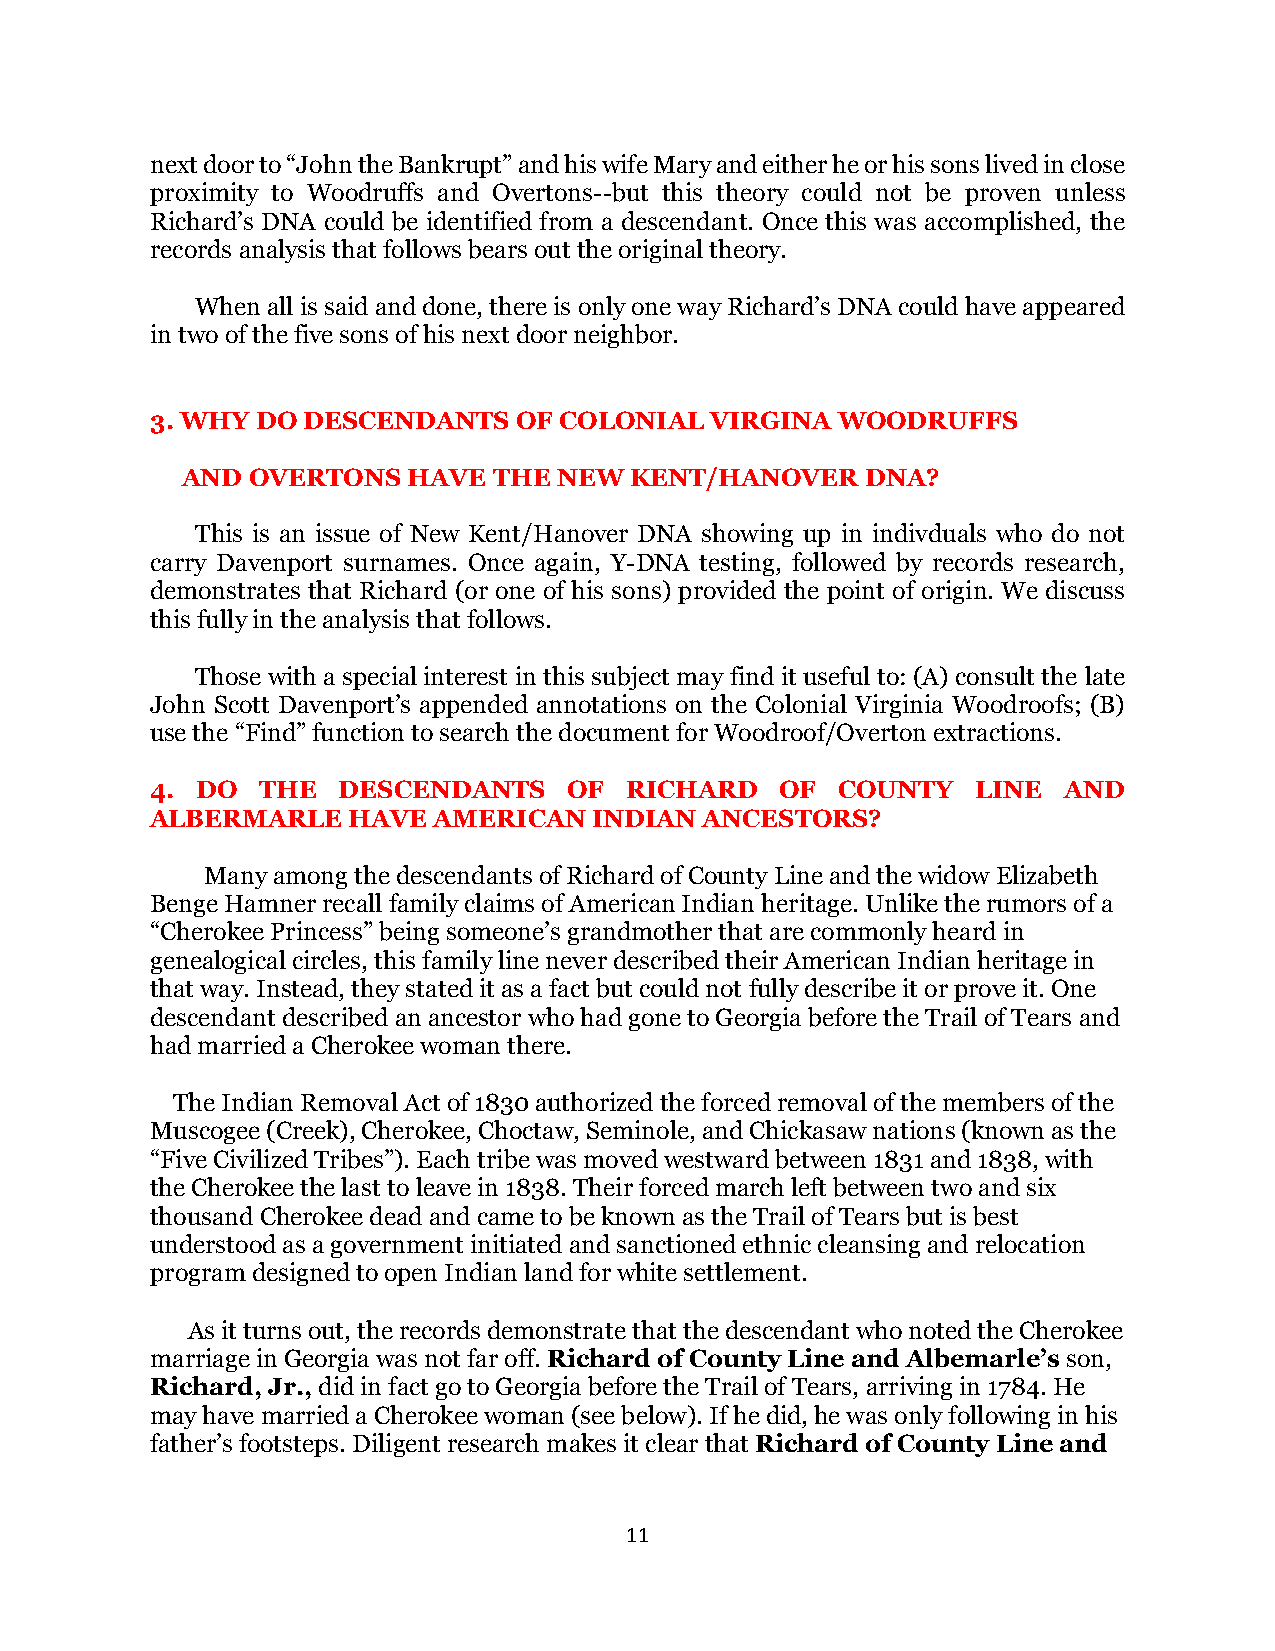
next door to “John the Bankrupt” and his wife Mary and either he or his sons lived in close
 proximity to Woodruffs and Overtons--but this theory could not be proven unless
 Richard’s DNA could be identified from a descendant. Once this was accomplished, the
 records analysis that follows bears out the original theory.
 When all is said and done, there is only one way Richard’s DNA could have appeared
 in two of the five sons of his next door neighbor.
 3. WHY DO DESCENDANTS   OF COLONIAL  VIRGINA WOODRUFFS
 AND OVERTONS   HAVE  THE NEW  KENT/HANOVER   DNA?
 This is an issue of New Kent/Hanover DNA showing up in indivduals who do not
 carry Davenport surnames. Once again, Y-DNA testing, followed by records research,
 demonstrates that Richard (or one of his sons) provided the point of origin. We discuss
 this fully in the analysis that follows.
 Those with a special interest in this subject may find it useful to: (A) consult the late
 John Scott Davenport’s appended annotations on the Colonial Virginia Woodroofs; (B)
 use the “Find” function to search the document for Woodroof/Overton extractions.
 4. DO  THE  DESCENDANTS     OF RICHARD    OF COUNTY    LINE AND
 ALBERMARLE   HAVE  AMERICAN  INDIAN  ANCESTORS?
 Many among the descendants of Richard of County Line and the widow Elizabeth
 Benge Hamner recall family claims of American Indian heritage. Unlike the rumors of a
 “Cherokee Princess” being someone’s grandmother that are commonly heard in
 genealogical circles, this family line never described their American Indian heritage in
 that way. Instead, they stated it as a fact but could not fully describe it or prove it. One
 descendant described an ancestor who had gone to Georgia before the Trail of Tears and
 had married a Cherokee woman there.
 The Indian Removal Act of 1830 authorized the forced removal of the members of the
 Muscogee (Creek), Cherokee, Choctaw, Seminole, and Chickasaw nations (known as the
 “Five Civilized Tribes”). Each tribe was moved westward between 1831 and 1838, with
 the Cherokee the last to leave in 1838. Their forced march left between two and six
 thousand Cherokee dead and came to be known as the Trail of Tears but is best
 understood as a government initiated and sanctioned ethnic cleansing and relocation
 program designed to open Indian land for white settlement.
 As it turns out, the records demonstrate that the descendant who noted the Cherokee
 marriage in Georgia was not far off. Richard of County Line and Albemarle’s son,
 Richard, Jr., did in fact go to Georgia before the Trail of Tears, arriving in 1784. He
 may have married a Cherokee woman (see below). If he did, he was only following in his
 father’s footsteps. Diligent research makes it clear that Richard of County Line and
 11